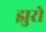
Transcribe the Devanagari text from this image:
झुरो